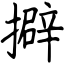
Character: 擗